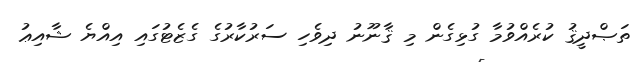
ތަޞްދީޤު ކުރެއްވުމާ ގުޅިގެން މި ޤާނޫނު ދިވެހި ސަރުކާރުގެ ގެޒެޓުގައި އިއްޔެ ޝާއިޢު